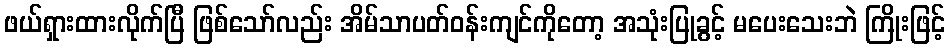
ဖယ်ရှားထားလိုက်ပြီ ဖြစ်သော်လည်း အိမ်သာပတ်ဝန်းကျင်ကိုတော့ အသုံးပြုခွင့် မပေးသေးဘဲ ကြိုးဖြင့်